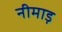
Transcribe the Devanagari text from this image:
नीमाड़